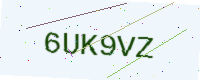
Text: 6UK9VZ